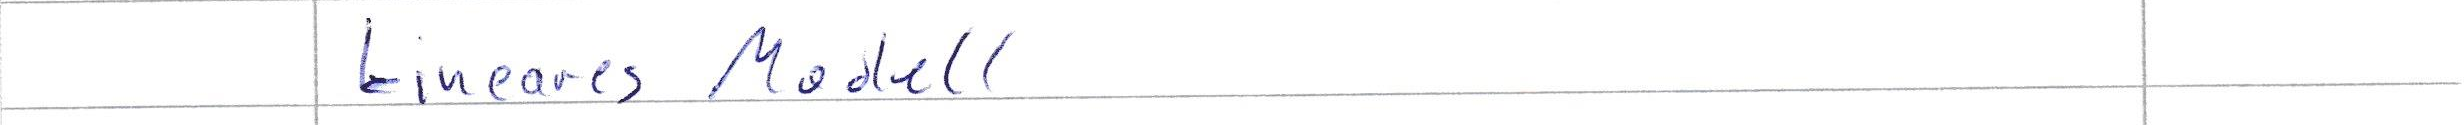
Lineares Modell